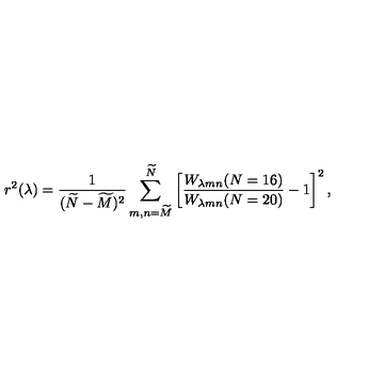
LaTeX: r ^ { 2 } ( \lambda ) = { \frac { 1 } { ( \widetilde { N } - \widetilde { M } ) ^ { 2 } } } \sum _ { m , n = \widetilde { M } } ^ { \widetilde { N } } \left[ { \frac { W _ { \lambda m n } ( N = 1 6 ) } { W _ { \lambda m n } ( N = 2 0 ) } } - 1 \right] ^ { 2 } ,